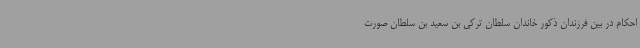
احکام در بین فرزندان ذکور خاندان سلطان ترکی بن سعید بن سلطان صورت